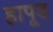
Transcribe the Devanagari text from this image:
हापूड